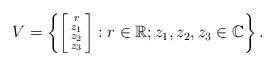
LaTeX: \begin{align*} V=\left\{\left[\begin{smallmatrix}r\\z_1\\z_2\\z_3\end{smallmatrix}\right]: r\in\mathbb{R}; z_1,z_2,z_3\in\mathbb{C}\right\}.\end{align*}